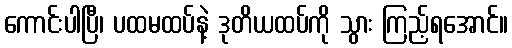
ကောင်းပါပြီ၊ ပထမထပ်နဲ့ ဒုတိယထပ်ကို သွား ကြည့်ရအောင်။